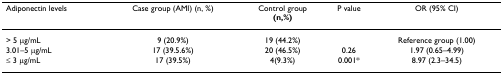
<table><thead><tr><td><b>Adiponectin levels</b></td><td><b>Case group (AMI) (n, %)</b></td><td><b>Control group(n,%)</b></td><td><b>P value</b></td><td><b>OR (95% CI)</b></td></tr></thead><tbody><tr><td> &gt; 5 μg/mL</td><td>9 (20.9%)</td><td>19 (44.2%)</td><td></td><td>Reference group (1.00)</td></tr><tr><td>3.01–5 μg/mL</td><td>17 (39.5.6%)</td><td>20 (46.5%)</td><td>0.26</td><td>1.97 (0.65–4.99)</td></tr><tr><td>≤ 3 μg/mL</td><td>17 (39.5%)</td><td>4(9.3%)</td><td>0.001*</td><td>8.97 (2.3–34.5)</td></tr></tbody></table>